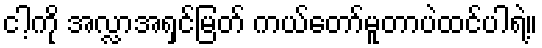
ငါ့ကို အလ္လာအရှင်မြတ် ကယ်တော်မူတာပဲထင်ပါရဲ့။